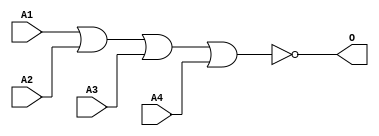
module MJNOR4B(A1, A2, A3, A4, O);
input   A1;
input   A2;
input   A3;
input   A4;
output  O;
nor g0(O, A1, A2, A3, A4);
endmodule